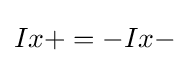
Ix+=-Ix-